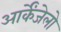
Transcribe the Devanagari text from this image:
आर्केंजेलो